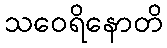
သဝေရိနောတိ